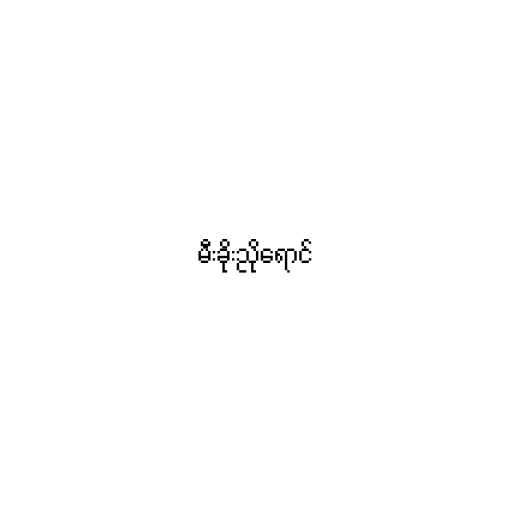
မီးခိုးညိုရောင်